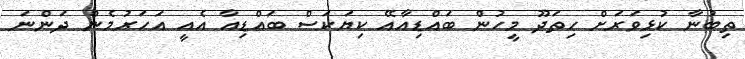
ތިބުނާ ކުޅިވަރަށް ހިތަދޫ މީހުން ބައްޑިއާއޭ ކިޔަކަސް ބައްޑިއާ އެއީ އަހަރުމެން ދަންނަ